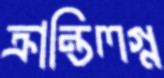
ক্রান্তিলগ্ন